Indian journal of veterinary science and animal husbandry - Volume 5,
Year: 1935
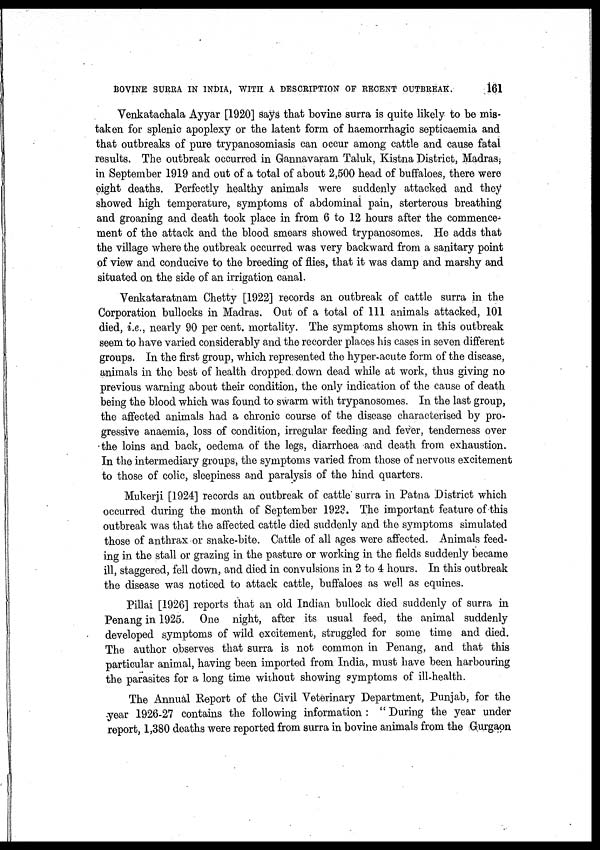
BOVINE SURRA IN INDIA, WITH A DESCRIPTION OF RECENT
OUTBREAK.
161
Venkatachala Ayyar [1920] says that bovine surra is quite likely to be mis-
taken for splenic apoplexy or the latent form of haemorrhagic septicaemia and
that outbreaks of pure trypanosomiasis can occur among cattle and cause fatal
results. The outbreak occurred in Gannavaram Taluk, Kistna District, Madras;
in September 1919 and out of a total of about 2,500 head of buffaloes, there were
eight deaths. Perfectly healthy animals were suddenly attacked and they
showed high temperature, symptoms of abdominal pain, sterterous breathing
and groaning and death took place in from 6 to 12 hours after the commence-
ment of the attack and the blood smears showed trypanosomes. He adds that
the village where the outbreak occurred was very backward from a sanitary point
of view and conducive to the breeding of flies, that it was damp and marshy and
situated on the side of an irrigation canal.
Venkataratnam Chetty [1922] records an outbreak of cattle surra in the
Corporation bullocks in Madras. Out of a total of 111 animals attacked, 101
died, i.e., nearly 90 per cent. mortality. The symptoms shown in this outbreak
seem to have varied considerably and the recorder places his cases in seven different
groups. In the first group, which represented the hyper-acute form of the disease,
animals in the best of health dropped down dead while at work, thus giving no
previous warning about their condition, the only indication of the cause of death
being the blood which was found to swarm with trypanosomes. In the last group,
the affected animals had a chronic course of the disease characterised by pro-
gressive anaemia, loss of condition, irregular feeding and fever, tenderness over
the loins and back, oedema of the legs, diarrhoea and death from exhaustion.
In the intermediary groups, the symptoms varied from those of nervous excitement
to those of colic, sleepiness and paralysis of the hind quarters.
Mukerji [1924] records an outbreak of cattle surra in Patna District which
occurred during the month of September 1923. The important feature of this
outbreak was that the affected cattle died suddenly and the symptoms simulated
those of anthrax or snake-bite. Cattle of all ages were affected. Animals feed-
ing in the stall or grazing in the pasture or working in the fields suddenly became
ill, staggered, fell down, and died in convulsions in 2 to 4 hours. In this outbreak
the disease was noticed to attack cattle, buffaloes as well as equines.
Pillai [1926] reports that an old Indian bullock died suddenly of surra in
Penang in 1925. One night, after its usual feed, the animal suddenly
developed symptoms of wild excitement, struggled for some time and died.
The author observes that surra is not common in Penang, and that this
particular animal, having been imported from India, must have been harbouring
the parasites for a long time without showing symptoms of ill-health.
The Annual Report of the Civil Veterinary Department, Punjab, for the
year 1926-27 contains the following information : " During the year under
report, 1,380 deaths were reported from surra in bovine animals from the Gurgaon